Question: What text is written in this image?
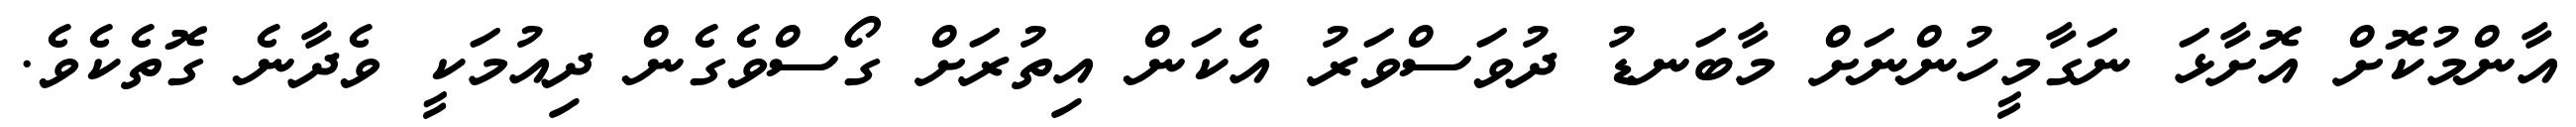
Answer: އާންމުކޮށް އޮށާޅަ ނަގާމީހުންނަށް މާބަނޑު ދުވަސްވަރު އެކަން އިތުރަށް ގޯސްވެގެން ދިއުމަކީ ވެދާނެ ގޮތެކެވެ.